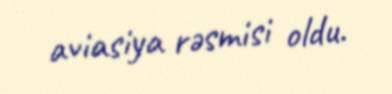
aviasiya rəsmisi oldu.